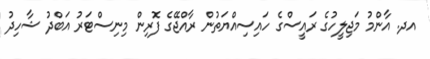
އދ. އާންމު މަޖިލީހުގެ ރައީސްގެ ހައިސިއްޔަތުން ރާއްޖޭގެ ފޮރިން މިނިސްޓަރު އަބްދު ޝާހިދު